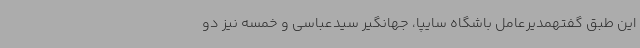
این طبق گفتهمدیرعامل باشگاه سایپا، جهانگیر سیدعباسی و خمسه نیز دو